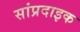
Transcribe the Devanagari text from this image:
सांप्रदाइक